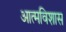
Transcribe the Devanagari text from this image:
आत्मविशास